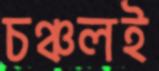
চঞ্চলই